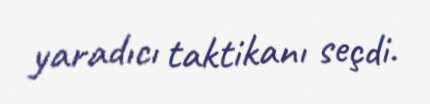
yaradıcı taktikanı seçdi.